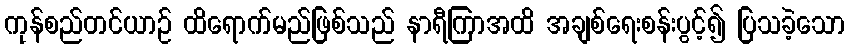
ကုန်စည်တင်ယာဉ် ထိရောက်မည်ဖြစ်သည် နာရီကြာအထိ အချစ်ရေးစန်းပွင့်၍ ပြသခဲ့သော